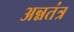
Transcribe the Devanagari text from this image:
अन्नतंत्र